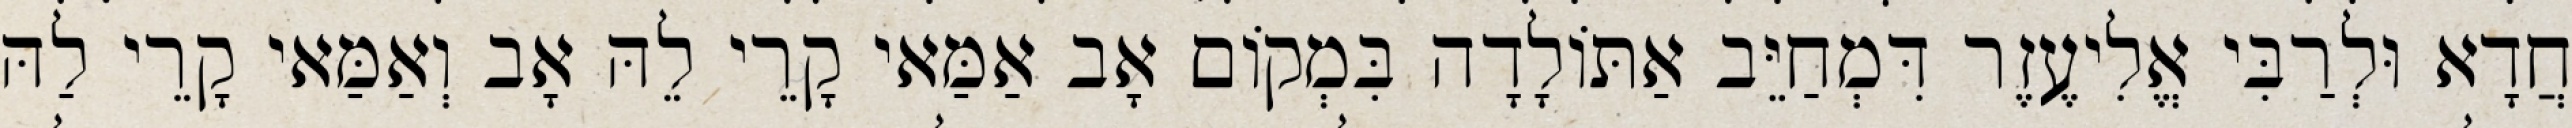
חֲדָא וּלְרַבִּי אֱלִיעֶזֶר דִּמְחַיֵּב אַתּוֹלָדָה בִּמְקוֹם אָב אַמַּאי קָרֵי לֵהּ אָב וְאַמַּאי קָרֵי לַהּ